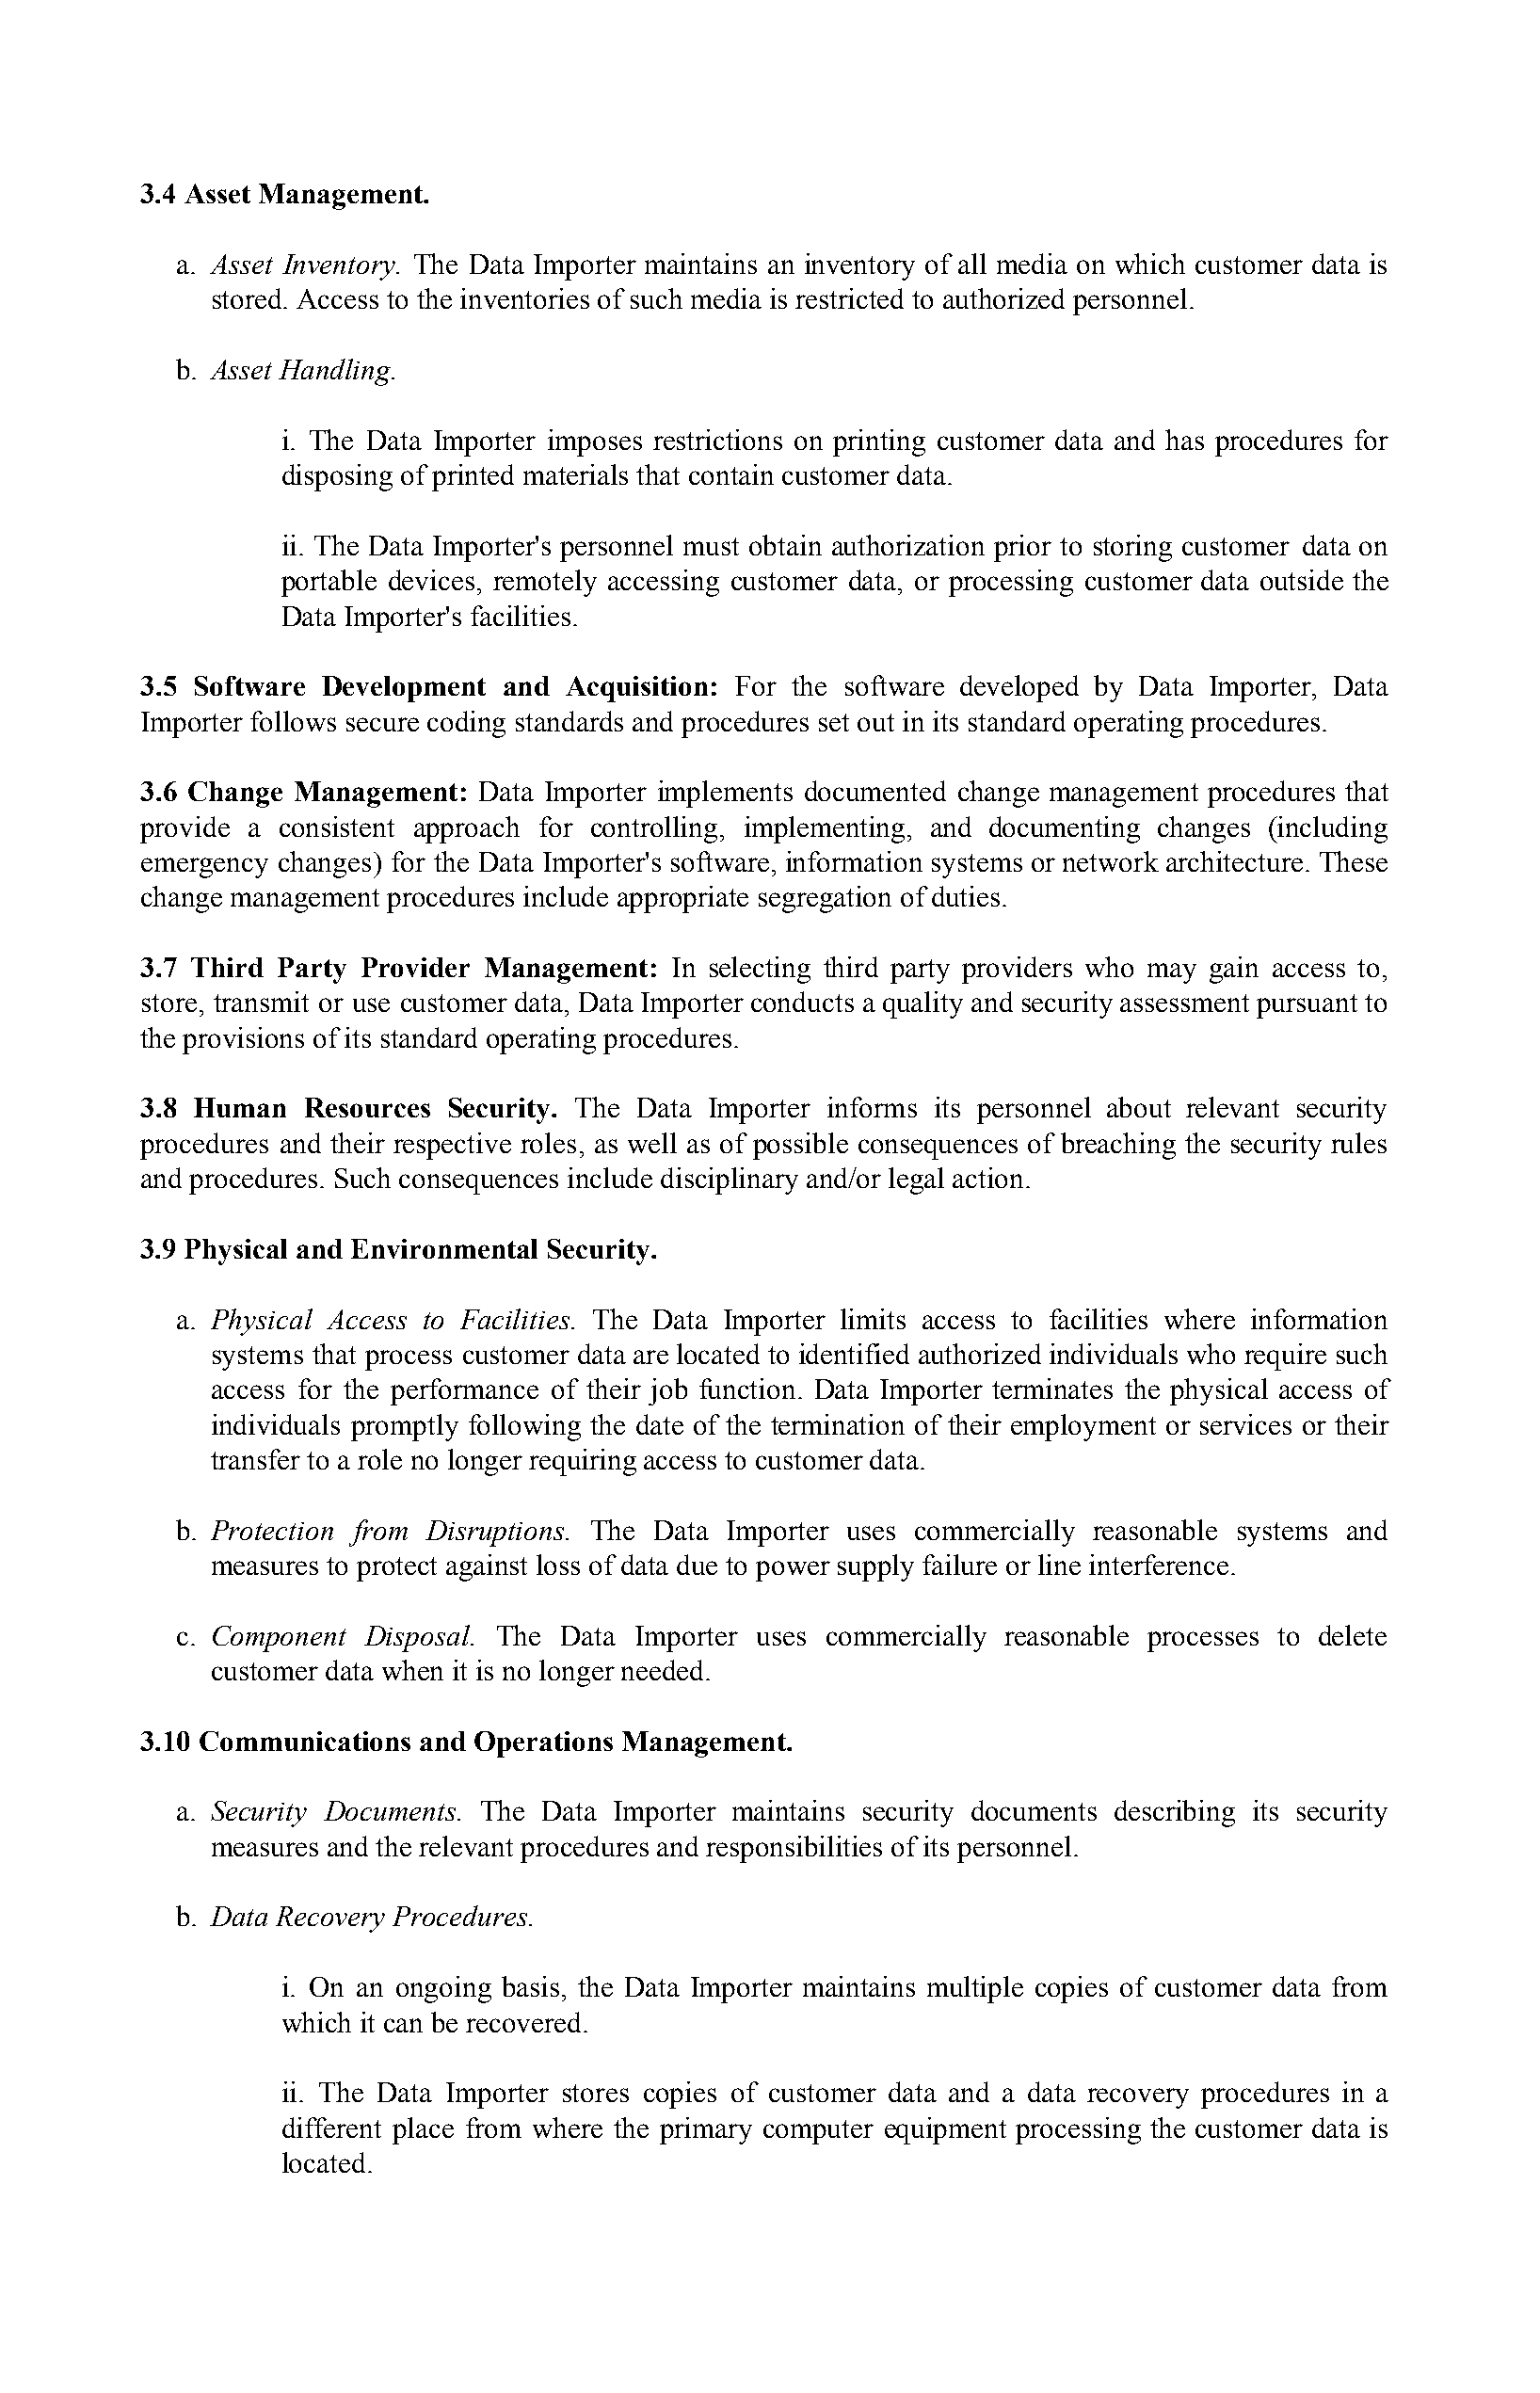
3.4 Asset Management.
 a. Asset Inventory. The Data Importer maintains an inventory of all media on which customer data is
 ​
 stored. Access to the inventories of such media is restricted to authorized personnel.
 b. Asset Handling.
 i. The Data Importer imposes restrictions on printing customer data and has procedures for
 disposing of printed materials that contain customer data.
 ii. The Data Importer's personnel must obtain authorization prior to storing customer data on
 ​
 portable devices, remotely accessing customer data, or processing customer data outside the
 ​
 Data Importer's facilities.
 3.5 Software Development and  Acquisition: For the software developed by Data Importer, Data
 ​
 Importer follows secure coding standards and procedures set out in its standard operating procedures.
 3.6 Change Management:  Data Importer implements documented change management procedures that
 ​
 provide a consistent approach for controlling, implementing, and documenting changes (including
 emergency changes) for the Data Importer's software, information systems or network architecture. These
 change management procedures include appropriate segregation of duties.
 ​​
 3.7 Third Party Provider Management: In selecting third party providers who may gain access to,
 ​
 store, transmit or use customer data, Data Importer conducts a quality and security assessment pursuant to
 ​
 the provisions of its standard operating procedures.
 3.8 Human  Resources Security. The Data Importer informs its personnel about relevant security
 ​
 procedures and their respective roles, as well as of possible consequences of breaching the security rules
 and procedures. Such consequences include disciplinary and/or legal action.
 3.9 Physical and Environmental Security.
 a. Physical Access to Facilities. The Data Importer limits access to facilities where information
 ​
 systems that process customer data are located to identified authorized individuals who require such
 access for the performance of their job function. Data Importer terminates the physical access of
 individuals promptly following the date of the termination of their employment or services or their
 transfer to a role no longer requiring access to customer data.
 ​​
 b. Protection from Disruptions. The Data Importer uses commercially reasonable systems and
 ​
 measures to protect against loss of data due to power supply failure or line interference.
 c. Component  Disposal. The Data Importer uses commercially reasonable processes to delete
 ​
 customer data when it is no longer needed.
 3.10 Communications and Operations Management.
 a. Security Documents. The Data Importer maintains security documents describing its security
 ​
 measures and the relevant procedures and responsibilities of its personnel.
 b. Data Recovery Procedures.
 i. On an ongoing basis, the Data Importer maintains multiple copies of customer data from
 which it can be recovered.
 ii. The Data Importer stores copies of customer data and a data recovery procedures in a
 ​
 different place from where the primary computer equipment processing the customer data is
 located.